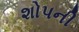
શોપની